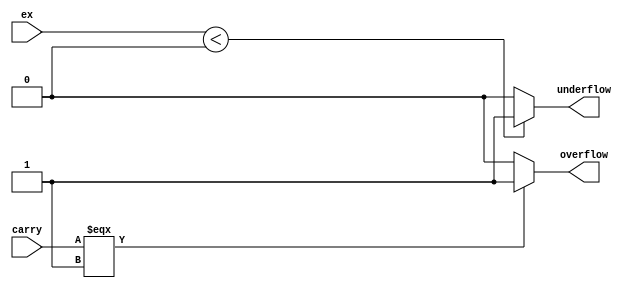
module checking ( ex, carry,overflow,underflow );
			  
input signed [7:0] ex;
input carry;
output overflow;
output underflow;

assign overflow = (carry === 1'b1) ? 1'b1: 1'b0;

assign underflow = (ex < 8'b0000_0000) ? 1'b1: 1'b0;

endmodule